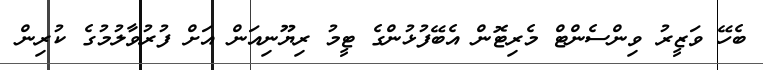
ބެހޭ ވަޒީރު ވިންސެންޓް މެރިޓޮން އެބޭފުޅުންގެ ޓީމު ރިޔޫނިއަން އަށް ފުރުވާލުމުގެ ކުރިން